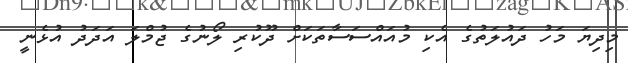
މިދިޔަ މަހު ދައުލަތުގެ އެކި މުއައްސަސާތަކަށް ދޫކުރި ލޯނުގެ ޖުމްލަ އަދަދު އުޅެނީ